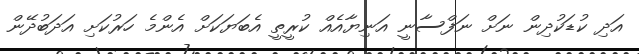
އަދި ކުޑަކުދިން ނަށް ނަފްސާނީ އަނިޔާއެއް ކުރީތީ އެބަޔަކަށް އެންމެ ހަރުކަށި އަދަބުދޭން